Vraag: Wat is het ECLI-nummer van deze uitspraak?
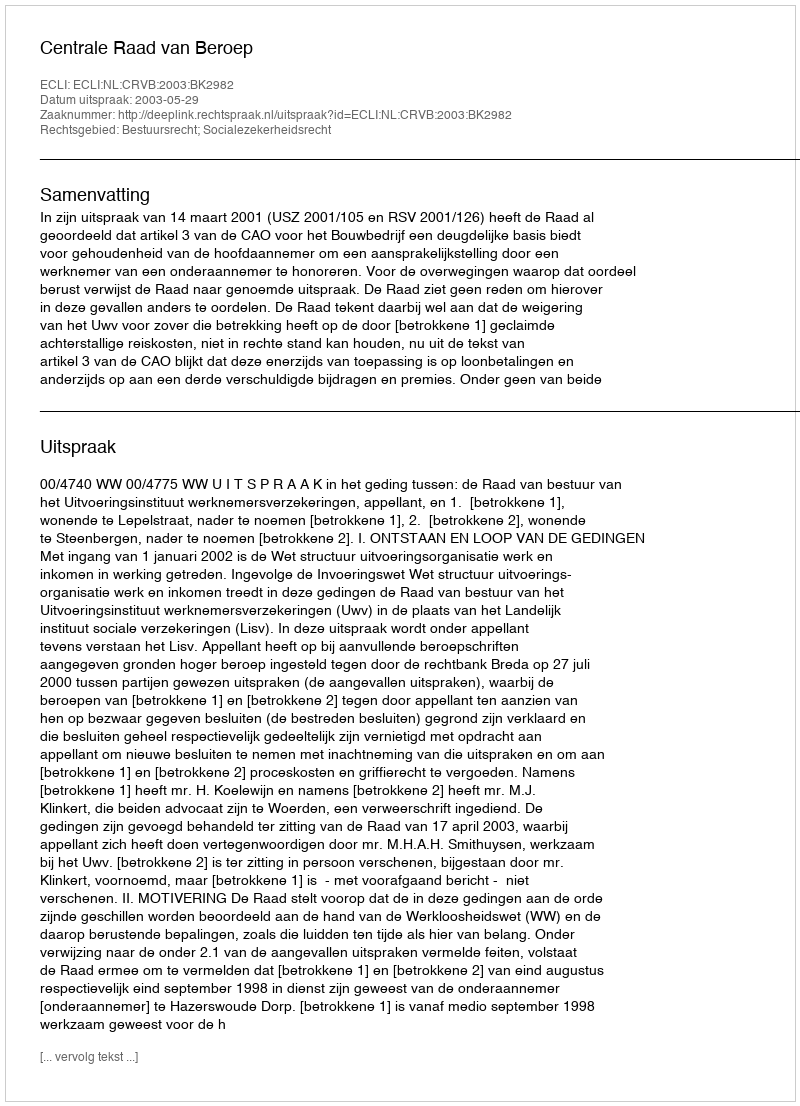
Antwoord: ECLI:NL:CRVB:2003:BK2982